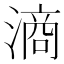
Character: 滳